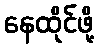
နေထိုင်ဖို့